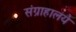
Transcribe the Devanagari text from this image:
संग्राहालये